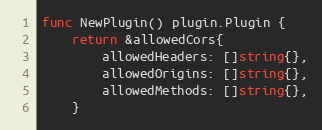
Language: Go
func NewPlugin() plugin.Plugin {
	return &allowedCors{
		allowedHeaders: []string{},
		allowedOrigins: []string{},
		allowedMethods: []string{},
	}